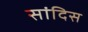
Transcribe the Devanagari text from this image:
सांदिस